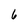
Character: 6